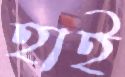
হাই